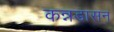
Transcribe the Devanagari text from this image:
कन्नडासन